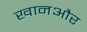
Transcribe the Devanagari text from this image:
खानऔर